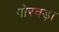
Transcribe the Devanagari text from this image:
गोरवड़ा